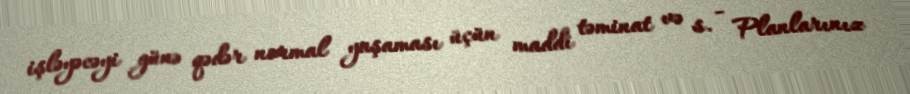
işləyəcəyi günə qədər normal yaşaması üçün maddi təminat və s. - Planlarınız